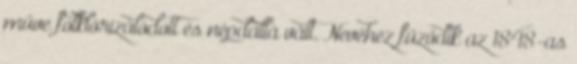
műve folklórizálódott és népdallá vált. Nevéhez fűződik az 1848-as